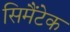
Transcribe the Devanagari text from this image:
सिमैंटेक